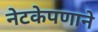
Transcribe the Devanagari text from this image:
नेटकेपणाने